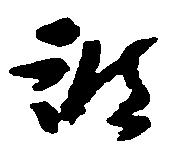
被